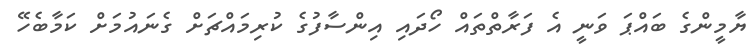
ޔާމީންގެ ބައްޕަ ވަނީ އެ ފަރާތްތައް ހޯދައި އިންސާފުގެ ކުރިމައްޗަށް ގެނައުމަށް ކަމާބެހޭ